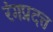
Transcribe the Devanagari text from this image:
रंगप्रदत्त